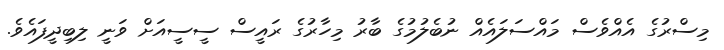
މިސްރުގެ އެއްވެސް މައްސަލައެއް ނުބެލުމުގެ ބާރު މިހާރުގެ ރައީސް ސީސީއަށް ވަނީ ލިބިދީފައެވެ.